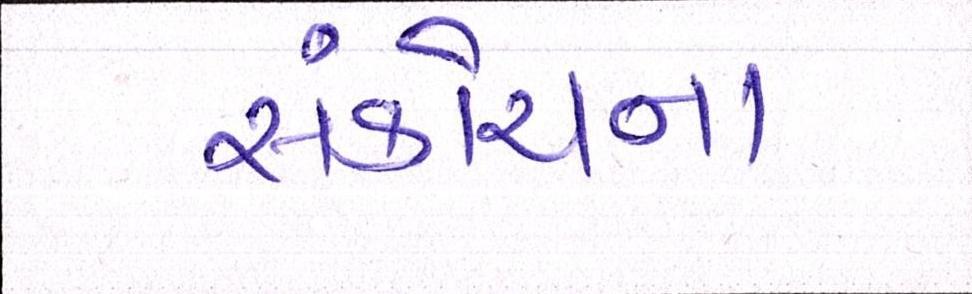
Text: સંકોચન